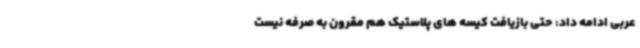
عربی ادامه داد: حتی بازیافت کیسه های پلاستیک هم مقرون به صرفه نیست